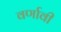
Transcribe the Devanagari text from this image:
वर्णावी